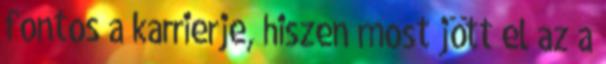
fontos a karrierje, hiszen most jött el az a